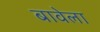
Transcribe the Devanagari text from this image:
बावेला